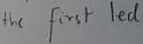
Text: the first time